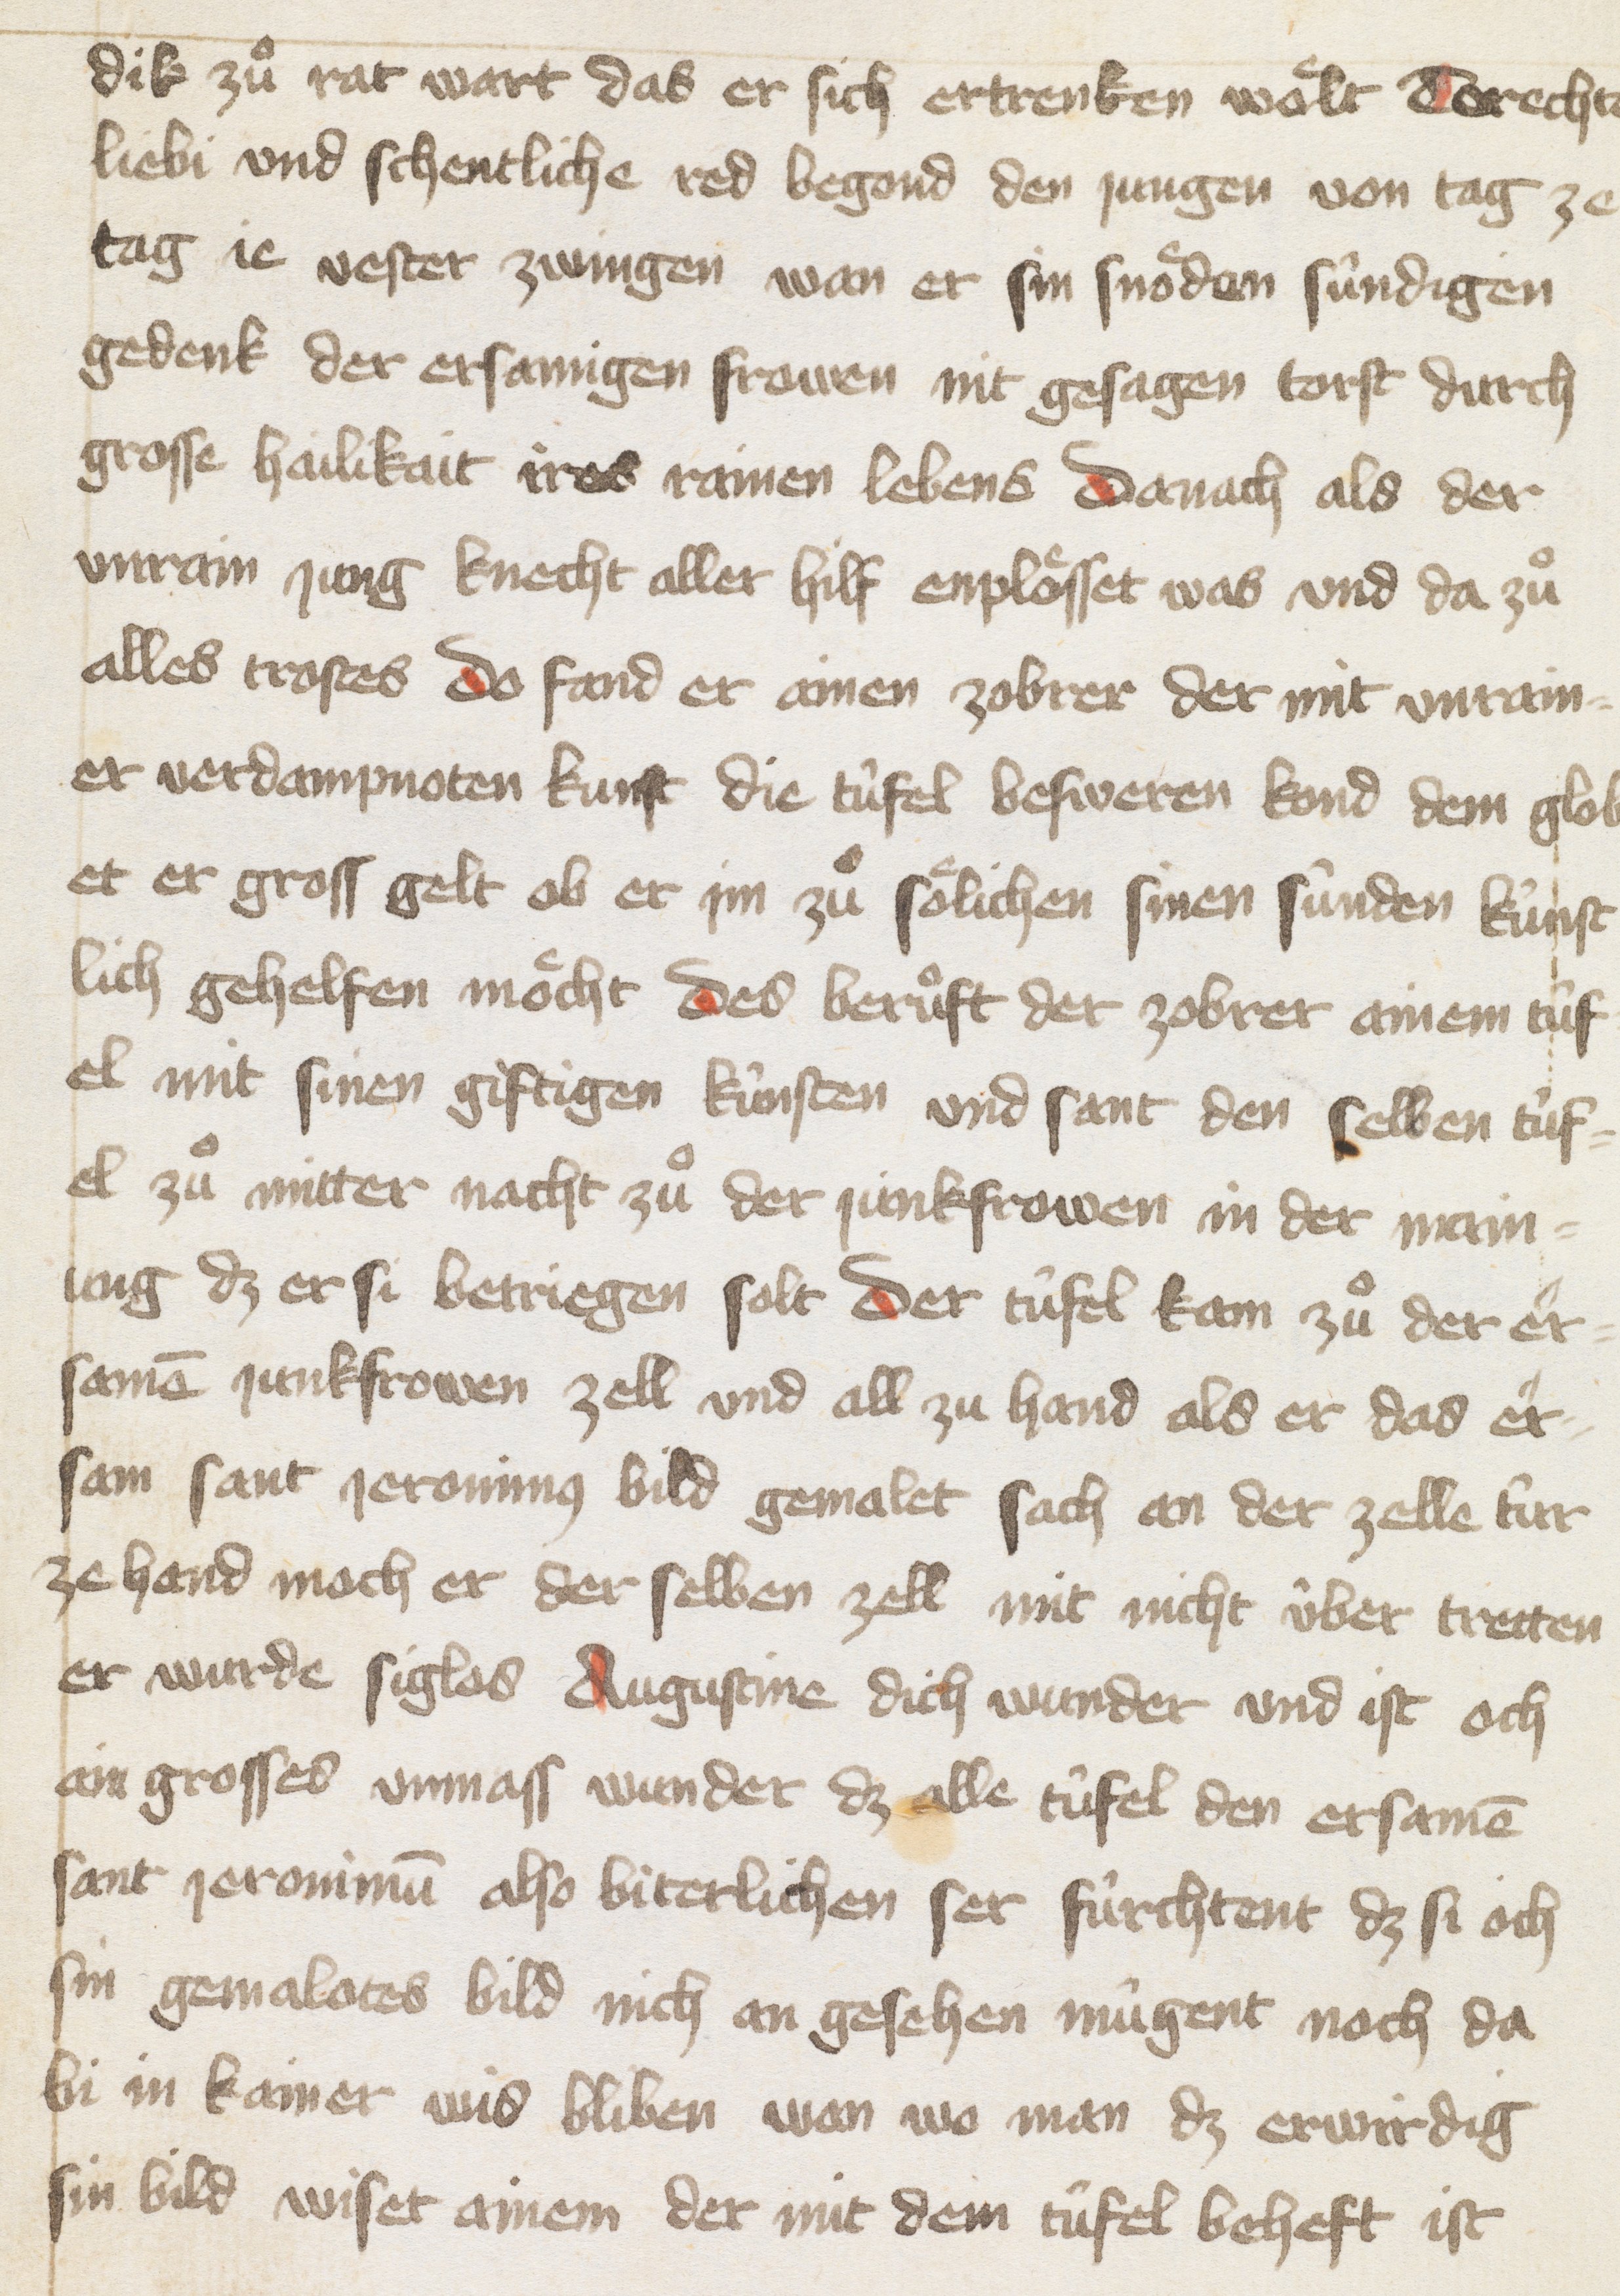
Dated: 1400–1499